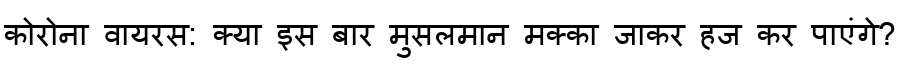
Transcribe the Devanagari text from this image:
कोरोना वायरस: क्या इस बार मुसलमान मक्का जाकर हज कर पाएंगे?